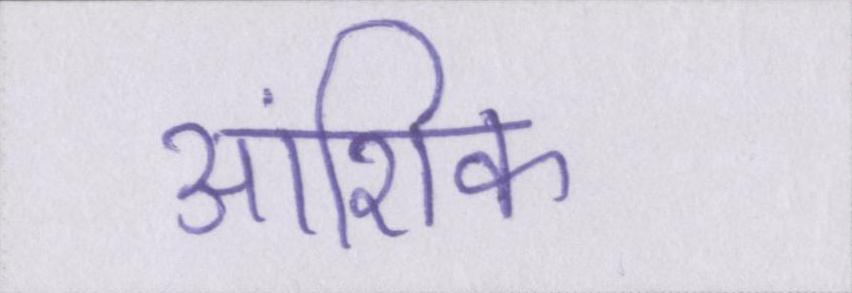
आंशिक